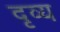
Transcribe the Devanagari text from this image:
दृव्य